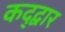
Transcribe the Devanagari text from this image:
कद्द्वार